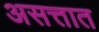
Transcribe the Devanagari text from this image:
असत्तात